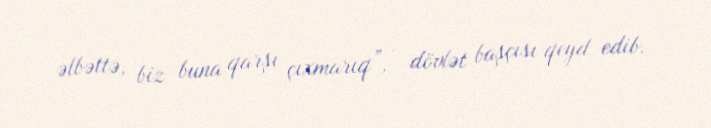
əlbəttə, biz buna qarşı çıxmarıq”, - dövlət başçısı qeyd edib.